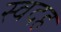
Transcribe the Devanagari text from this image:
स्वदह